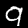
Digit: 9